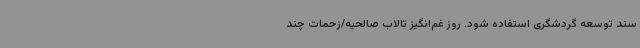
سند توسعه گردشگری استفاده شود. روز غم‌انگیز تالاب صالحیه/زحمات چند